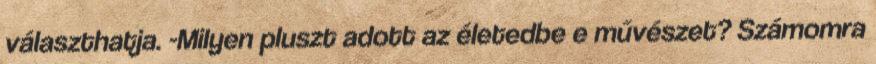
választhatja. -Milyen pluszt adott az életedbe e művészet? Számomra